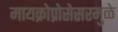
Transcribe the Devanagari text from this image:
मायक्रोप्रोसेसरमुळे